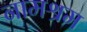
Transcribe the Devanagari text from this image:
नामश्रम